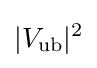
|V_{\text{ub}}|^{2}